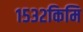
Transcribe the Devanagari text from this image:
१५३२किमि